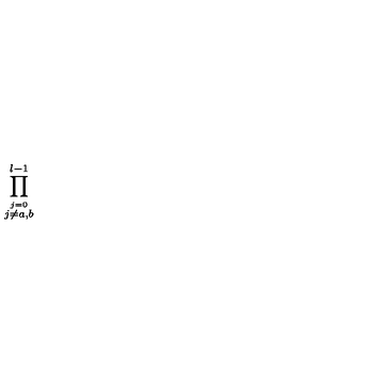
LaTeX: \prod _ { \stackrel { j = 0 } { j \neq a , b } } ^ { l - 1 }